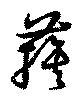
蔟